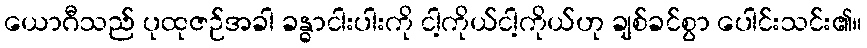
ယောဂီသည် ပုထုဇဉ်အခါ ခန္ဓာငါးပါးကို ငါ့ကိုယ်ငါ့ကိုယ်ဟု ချစ်ခင်စွာ ပေါင်းသင်း၏။